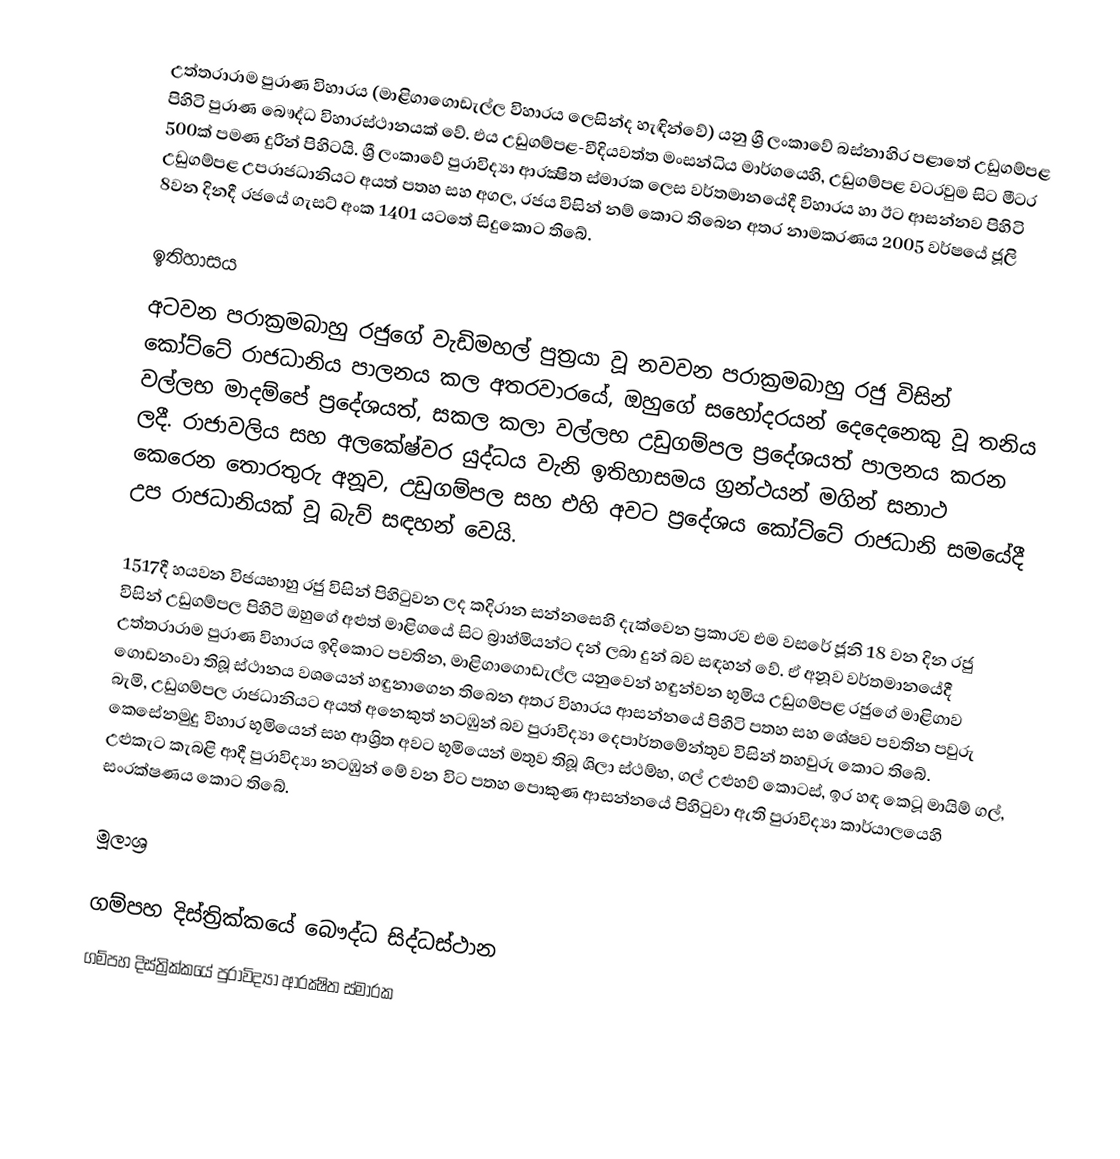
උත්තරාරාම පුරාණ විහාරය (මාළිගාගොඩැල්ල විහාරය‎ ලෙසින්ද හැඳින්වේ) යනු ශ්‍රී ලංකාවේ බස්නාහිර පළාතේ උඩුගම්පළ පිහිටි පුරාණ බෞද්ධ විහාරස්ථානයක් වේ. එය උඩුගම්පළ-වීදියවත්ත මංසන්ධිය මාර්ගයෙහි, උඩුගම්පළ වටරවුම සිට මීටර 500ක් පමණ දුරින් පිහිටයි. ශ්‍රී ලංකාවේ පුරාවිද්‍යා ආරක්‍ෂිත ස්මාරක ලෙස වර්තමානයේදී විහාරය හා ඊට ආසන්නව පිහිටි උඩුගම්පළ උපරාජධානියට අයත් පතහ සහ අගල, රජය විසින් නම් කොට තිබෙන අතර නාමකරණය 2005 වර්ෂයේ ජූලි 8වන දිනදී රජයේ ගැසට් අංක 1401 යටතේ සිදුකොට තිබේ.

ඉතිහාසය
අටවන පරාක්‍රමබාහු රජුගේ වැඩිමහල් පුත්‍රයා වූ නවවන පරාක්‍රමබාහු රජු විසින් කෝට්ටේ රාජධානිය පාලනය කල අතරවාරයේ, ඔහුගේ සහෝදරයන් දෙදෙනෙකු වූ තනිය වල්ලභ මාදම්පේ ප්‍රදේශයත්, සකල කලා වල්ලභ උඩුගම්පල ප්‍රදේශයත් පාලනය කරන ලදී. රාජාවලිය සහ අලකේෂ්වර යුද්ධය වැනි ඉතිහාසමය ග්‍රන්ථයන් මගින් සනාථ කෙරෙන තොරතුරු අනූව, උඩුගම්පල සහ එහි අවට ප්‍රදේශය කෝට්ටේ රාජධානි සමයේදී උප රාජධානියක් වූ බැව් සඳහන් වෙයි.

1517දී හයවන විජයභාහු රජු විසින් පිහිටුවන ලද කදිරාන සන්නසෙහි දැක්වෙන ප්‍රකාරව එම වසරේ ජූනි 18 වන දින රජු විසින් උඩුගම්පල පිහිටි ඔහුගේ අළුත් මාළිගයේ සිට බ්‍රාහ්මියන්ට දන් ලබා දුන් බව සඳහන් වේ. ඒ අනූව වර්තමානයේදී උත්තරාරාම පුරාණ විහාරය ඉදිකොට පවතින, මාළිගාගොඩැල්ල යනුවෙන් හඳුන්වන භූමිය උඩුගම්පළ රජුගේ මාළිගාව ගොඩනංවා තිබූ ස්ථානය වශයෙන් හඳුනාගෙන තිබෙන අතර විහාරය ආසන්නයේ පිහිටි පතහ සහ ශේෂව පවතින පවුරු බැමි, උඩුගම්පල රාජධානියට අයත් අනෙකුත් නටඹුන් බව පුරාවිද්‍යා දෙපාර්තමේන්තුව විසින් තහවුරු කොට තිබේ. කෙසේනමුදු විහාර භූමියෙන් සහ ආශ්‍රිත අවට භූමියෙන් මතුව තිබූ ශිලා ස්ථම්භ, ගල් උළුහව් කොටස්, ඉර හඳ කෙටූ මායිම් ගල්, උළුකැට කැබළි ආදී පුරාවිද්‍යා නටඹුන් මේ වන විට පතහ පොකුණ ආසන්නයේ පිහිටුවා ඇති පුරාවිද්‍යා කාර්යාලයෙහි සංරක්ෂණය කොට තිබේ.

මූලාශ්‍ර

ගම්පහ දිස්ත්‍රික්කයේ බෞද්ධ සිද්ධස්ථාන
ගම්පහ දිස්ත්‍රික්කයේ පුරාවිද්‍යා ආරක්‍ෂිත ස්මාරක